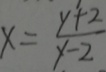
x = \frac { y + 2 } { y - 2 }